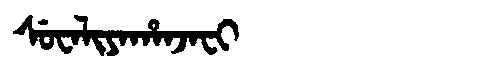
Manchu: ᠰᡠᠸᠠᠯᡳᠶᠠᡥᠠᠨᠵᠠᠸᡳ
Romanization: SUWALIYAHANJAFI